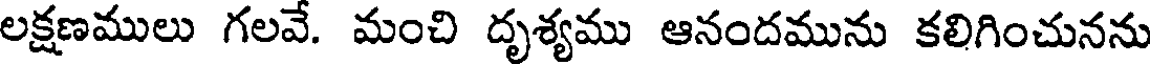
లక్షణములు గలవే. మంచి దృశ్యము ఆనందమును కలిగించునను